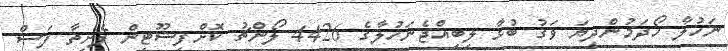
ނަހުލާ ހޯދަމުންދިޔަ ވަގު ބުޅާ ލިބިއްޖެނަހުލާގެ 4426 ލޯންޗު ކޮށްފިޝޫޓިން ފެށިތާ ފަސް